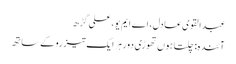
عبدالقوی عادل، اے ایم یو، علی گڑھ
آئندہ: چلتا ہوں تھوڑی دور ہر ایک تیز رو کے ساتھ